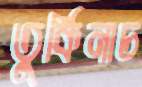
তুর্কিনাচ